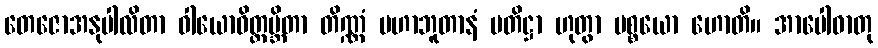
တေဇောအနုပါလိတာ ဝါယောဝိတ္ထမ္ဘိတာ တိဏ္ဏံ မဟာဘူတာနံ ပတိဋ္ဌာ ဟုတွာ ပစ္စယော ဟောတိ။ အာပေါဓာတု